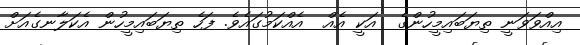
އިއްވަވަނީ ތިޔަބައިމީހުންގެ  އަކީ އެއް  އެއްކަމުގައެވެ. ފަހެ ތިޔަބައިމީހުން އެކަލާނގެއަށް